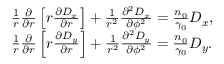
\begin{array} { r l } & { \frac { 1 } { r } \frac { \partial } { \partial r } \left[ r \frac { \partial D _ { x } } { \partial r } \right] + \frac { 1 } { r ^ { 2 } } \frac { \partial ^ { 2 } D _ { x } } { \partial \phi ^ { 2 } } = \frac { n _ { 0 } } { \gamma _ { 0 } } D _ { x } , } \\ & { \frac { 1 } { r } \frac { \partial } { \partial r } \left[ r \frac { \partial D _ { y } } { \partial r } \right] + \frac { 1 } { r ^ { 2 } } \frac { \partial ^ { 2 } D _ { y } } { \partial \phi ^ { 2 } } = \frac { n _ { 0 } } { \gamma _ { 0 } } D _ { y } . } \end{array}